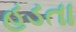
હડતા